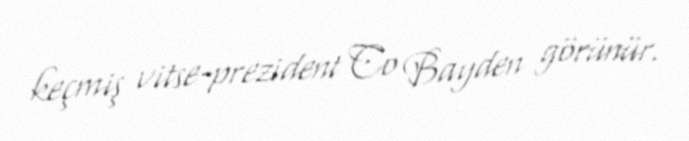
keçmiş vitse-prezident Co Bayden görünür.